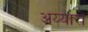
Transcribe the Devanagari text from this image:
अय्यारों